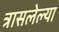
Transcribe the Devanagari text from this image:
त्रासलेल्या